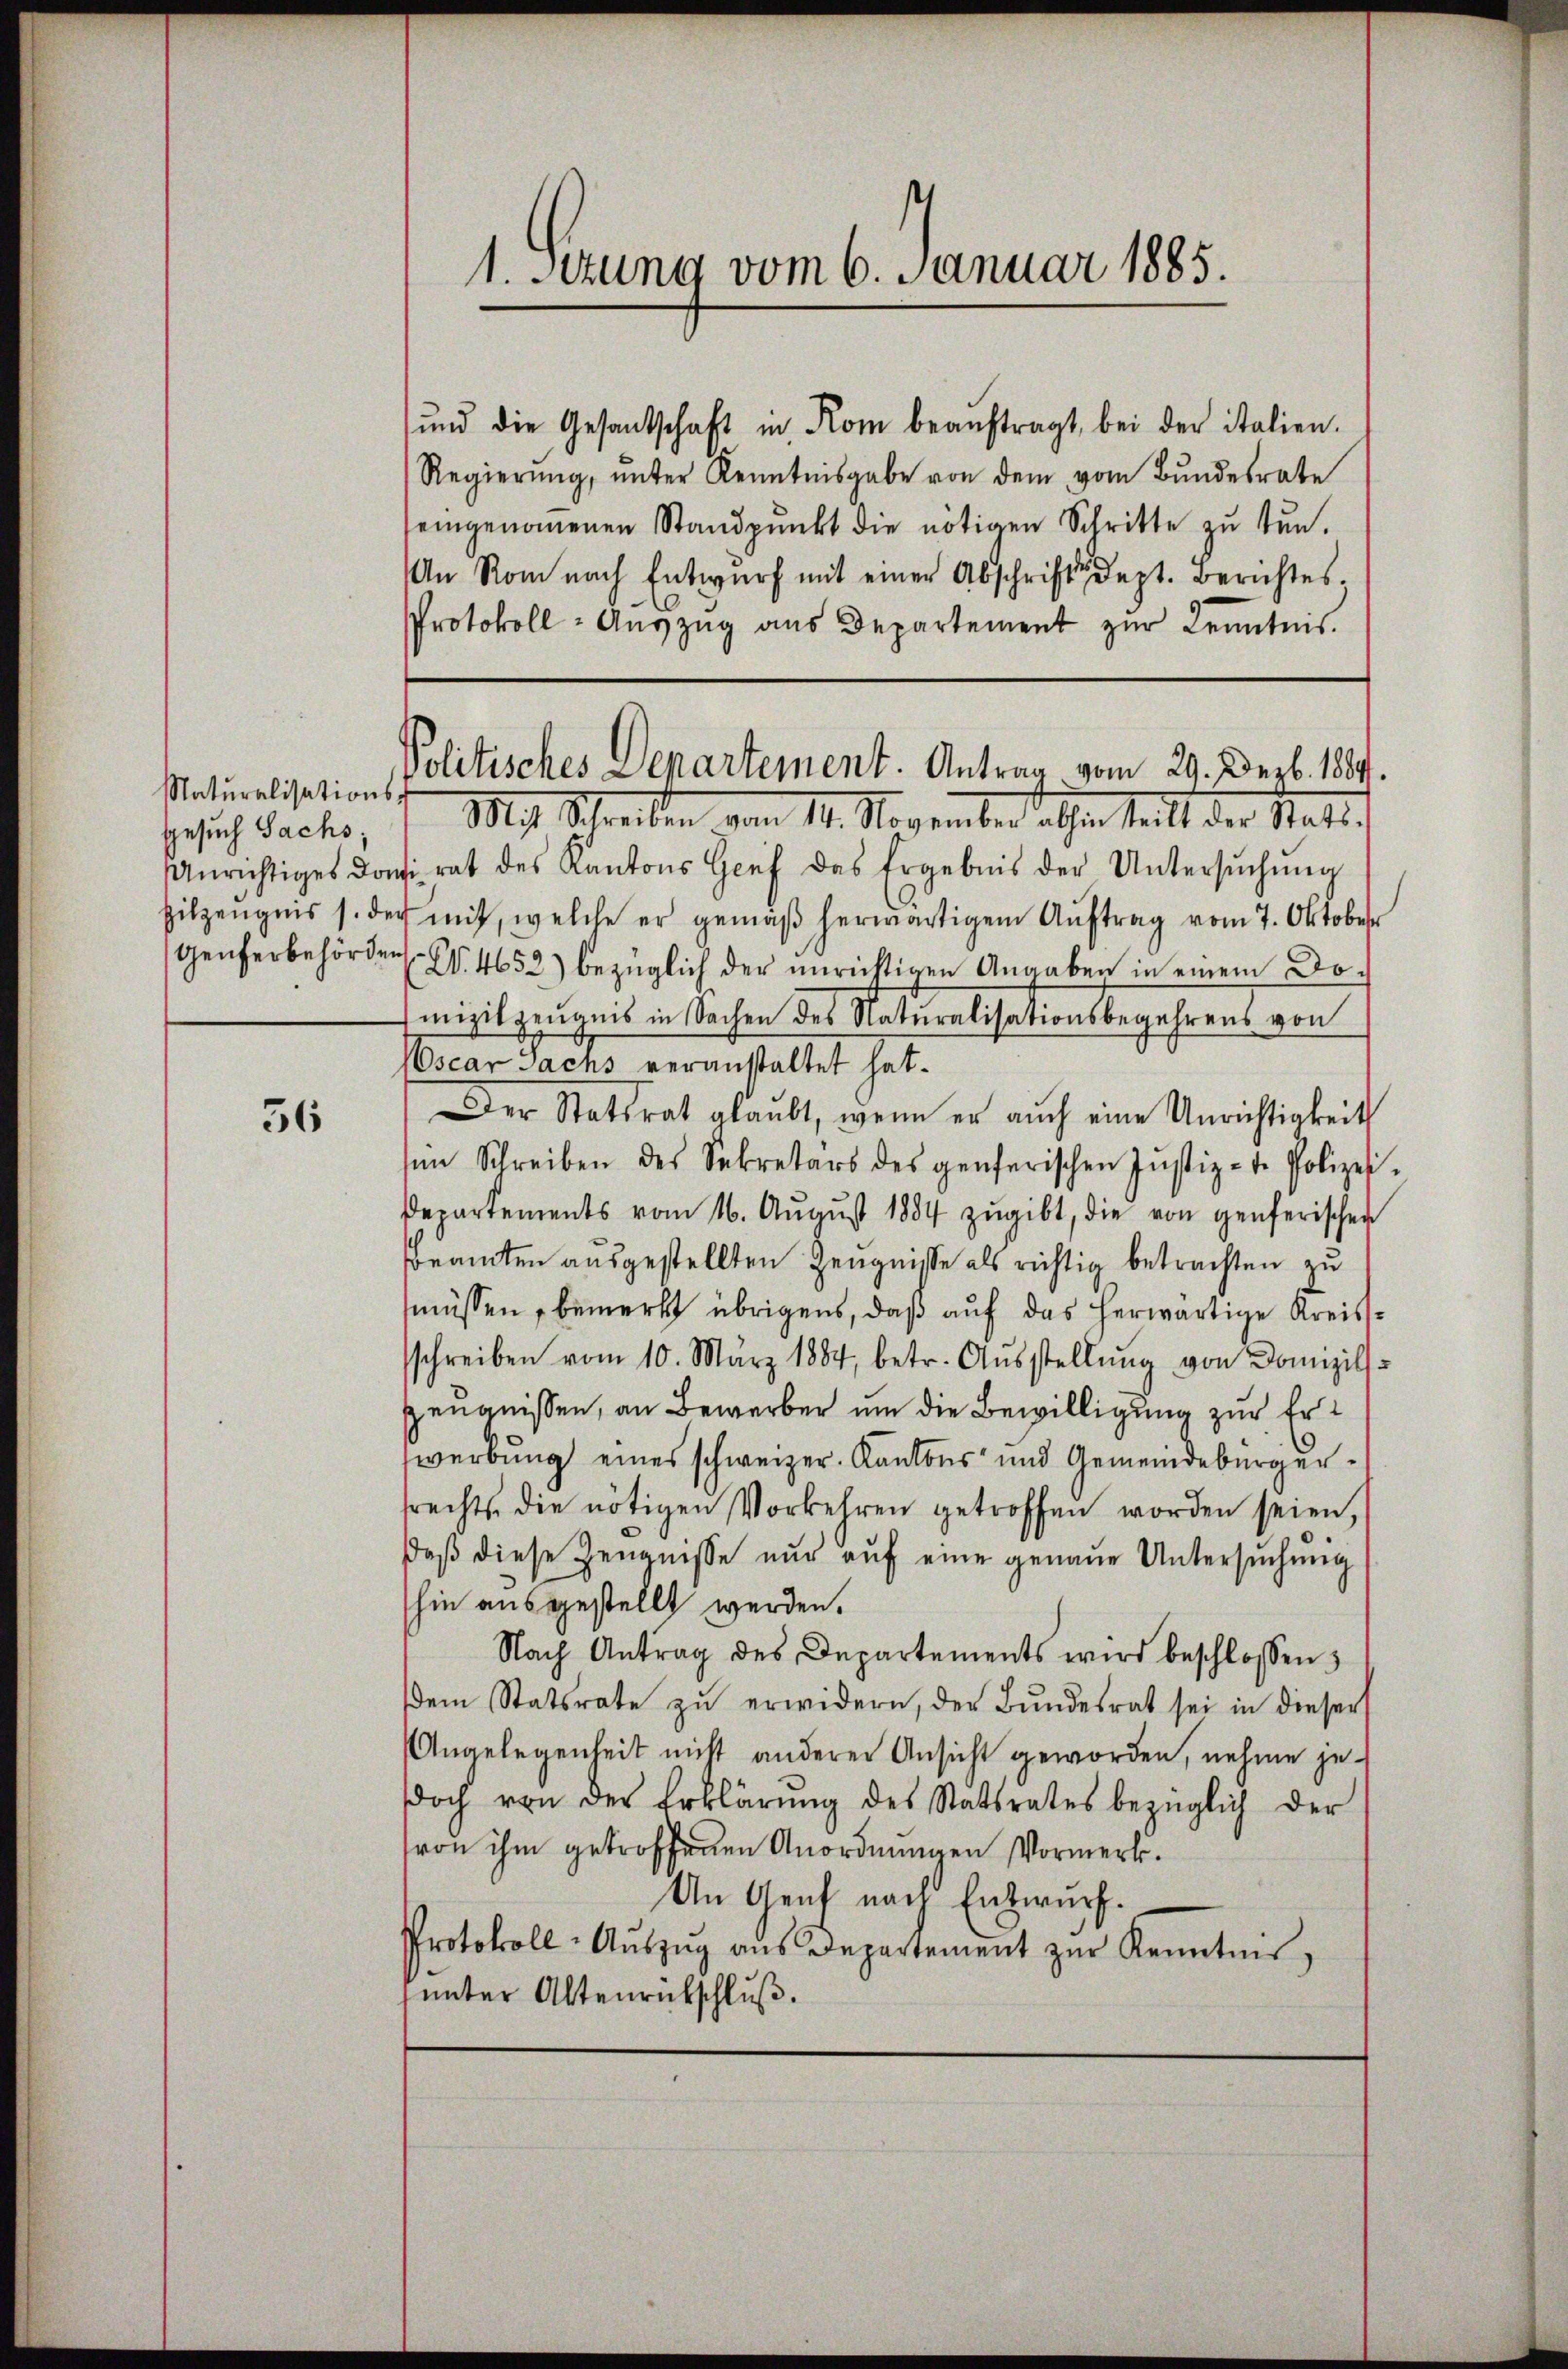
Naturalisations-
Gesuch Sachs,
Unrichtiges don
Hilzeugnis s. de
Genferbehörden

56

1. Sitzung vom 6. Januar 1885.

Politisches Departement. Antrag vom 29. Dezb. 1889.

ŭnd die Gesantschaft in Rom beaŭftragt, bei der italien.
Regierŭng ŭnter Kenntnisgabe von dem vom Bŭndesrate
eingenommenen Standpŭnkt die nötigen Schritte zŭ tŭn-
An Rom nach Entwurf mit einer Abschrift dept. Berichtes.
Protokoll- Aŭszŭg ans Departement zŭr Kenntnis.
Mit Schreiben vom 14. November abhin teilt der Stattirat des Kantons Genf des Ergebnis der Untersŭchŭng
c mit, welche er gemäß herwärtigem Auftrag vom 7. Oktober
W. 4652) bezüglich der unrichtigen Angaben in einem Domizilzeugnis in Sachen des Naturalisationsbegehrens von
scar Sachs veranstaltet hat.
Der Statsrat glaubt, wenn er auch eine Unrichtigkeit
sen Schreiben des Sekretärs des genferischen Jŭstiz- u. Polizei-
Departements vom 16. Aŭgŭst 1884 zugibt, die von genferischen
Beamten ausgestellten Zeugnisse als richtig betrachten zu
müssen, bemerkt übrigens, daß auf das herwärtige Kreissschreiben vom 10. März 1884, betr. Aŭsstellŭng von Domizils-
Zeugnissen, an Bewerber um die Bewilligung zur Erwerbung eines schweizer. Kantons und Gemeindebürgersrechts die nötigen Vorkehren getroffen worden seien,
daβ diese Zeŭgnisse nŭr aŭf eine genaue Untersŭchŭng
hin ausgestellt werden.
Nach Antrag des Departements wird beschlossen:
dem Statsrate zŭ erwidern, der Bŭndesrat sei in dieser
Angelegenheit nicht anderer Ansicht geworden, nahme je
doch von der Erklärŭng des Statsrates bezüglich der
von ihm getroffenen Anordnungen Vormerk.
An Genf nach Entwurf.
Protokoll- Aŭszŭg aŭs Departement zŭr Kenntnis,
unter Altenrückschluß.